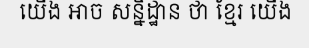
យើង អាច សន្និដ្ឋាន ថា ខ្មែរ យើង